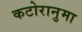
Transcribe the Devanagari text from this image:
कटोरानुमा